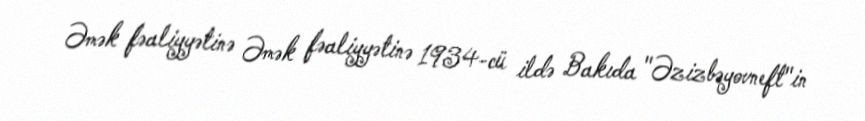
Əmək fəaliyyətinə Əmək fəaliyyətinə 1934-cü ildə Bakıda "Əzizbəyovneft"in